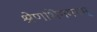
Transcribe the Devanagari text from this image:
श्रेणभिगमनम्